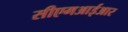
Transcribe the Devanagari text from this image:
सीएमआईआर